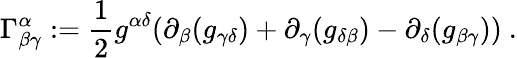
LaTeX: \Gamma_{\beta\gamma}^{\alpha}:=\frac{1}{2}g^{\alpha\delta}(\partial_{\beta}(g_{\gamma\delta})+\partial_{\gamma}(g_{\delta\beta})-\partial_{\delta}(g_{\beta\gamma}))\ .